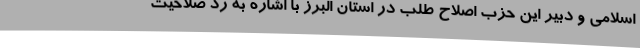
اسلامی و دبیر این حزب اصلاح طلب در استان البرز با اشاره به رد صلاحیت